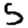
Digit: 5